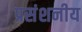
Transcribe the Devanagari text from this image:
प्रसंशनीय